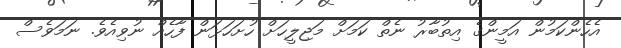
އެހެންކަމުން އަމީންގެ އިތުބާރު ނެތް ކަމަށް މަޖިލީހަށް ހުށަހަޅަން ފާހެއް ނުވިއެވެ. ނަމަވެސް